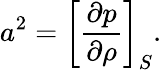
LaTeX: a^{2}=\left[{\frac{\partial p}{\partial\rho}}\right]_{S}.